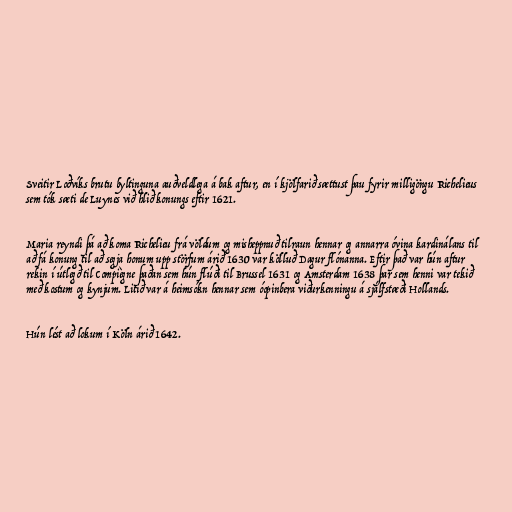
Sveitir Loðvíks brutu byltinguna auðveldlega á bak aftur, en í kjölfarið sættust þau fyrir milligöngu Richelieus
sem tók sæti de Luynes við hlið konungs eftir 1621.

Maria reyndi þá að koma Richelieu frá völdum og misheppnuð tilraun hennar og annarra óvina kardinálans til
að fá konung til að segja honum upp störfum árið 1630 var kölluð Dagur flónanna. Eftir það var hún aftur
rekin í útlegð til Compiègne þaðan sem hún flúði til Brussel 1631 og Amsterdam 1638 þar sem henni var tekið
með kostum og kynjum. Litið var á heimsókn hennar sem óopinbera viðurkenningu á sjálfstæði Hollands.

Hún lést að lokum í Köln árið 1642.